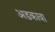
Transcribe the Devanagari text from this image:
अडकावा